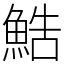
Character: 鯌